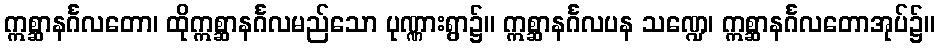
ဣစ္ဆာနင်္ဂလတော၊ ထိုဣစ္ဆာနင်္ဂလမည်သော ပုဏ္ဏားရွာ၌။ ဣစ္ဆာနင်္ဂလပန သဏ္ဍေ၊ ဣစ္ဆာနင်္ဂလတောအုပ်၌။